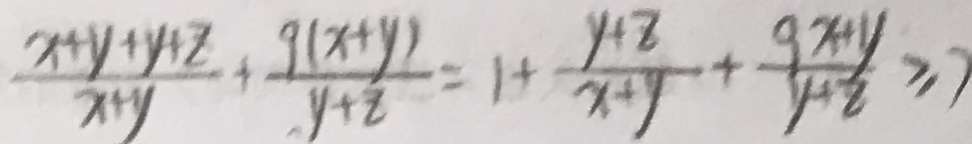
\frac { x + y + z } { x + y } + \frac { 9 ( x + y ) } { y + z } = 1 + \frac { y + z } { x + y } + \frac { 9 x + y } { y + z } \geqslant 7